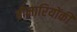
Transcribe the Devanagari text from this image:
बीमारियोंकी